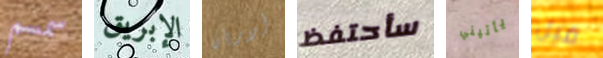
سمسم الإبريق أدريان سأحتفظ يأتيني قبل